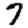
Digit: 7